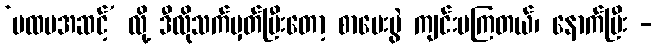
‘ပထမအဆင့်’ လို့ ဒီလိုသက်မှတ်ပြီးတော့ စာမေးပွဲ ကျင်းပကြတယ်၊ နောက်ပြီး -